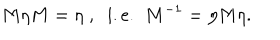
M \eta M = \eta \; , \; \; \mathrm { i . e . } \; \; M ^ { - 1 } = \eta M \eta .